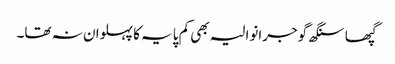
گپھا سنگھ گوجرانوالیہ بھی کم پایہ کا پہلوان نہ تھا۔